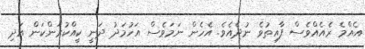
އެއްމެ ރެއެއްވެސް ފާއިތުވެ ނުދެއެވެ. އެހެން ނަމަވެސް އަހުމަދު ދަނީ ކީއްކުރަންކަން އަދި